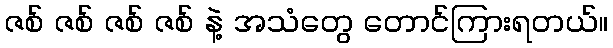
ဇစ် ဇစ် ဇစ် ဇစ် နဲ့ အသံတွေ တောင်ကြားရတယ်။